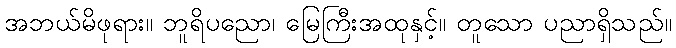
အဘယ်မိဖုရား။ ဘူရိပညော၊ မြေကြီးအထုနှင့်။ တူသော ပညာရှိသည်။